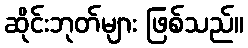
ဆိုင်းဘုတ်များ ဖြစ်သည်။